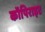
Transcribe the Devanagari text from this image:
कॉपिराइट